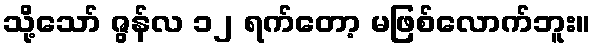
သို့သော် ဇွန်လ ၁၂ ရက်တော့ မဖြစ်လောက်ဘူး။